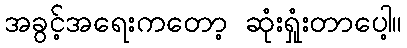
အခွင့်အရေးကတော့ ဆုံးရှုံးတာပေါ့။